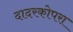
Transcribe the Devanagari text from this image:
दादरकोपरा